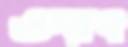
ঔরৎ